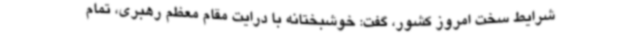
شرایط سخت امروز کشور، گفت: خوشبختانه با درایت مقام معظم رهبری، تمام